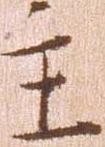
主